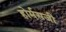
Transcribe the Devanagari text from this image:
होर्मसजी